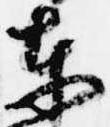
東